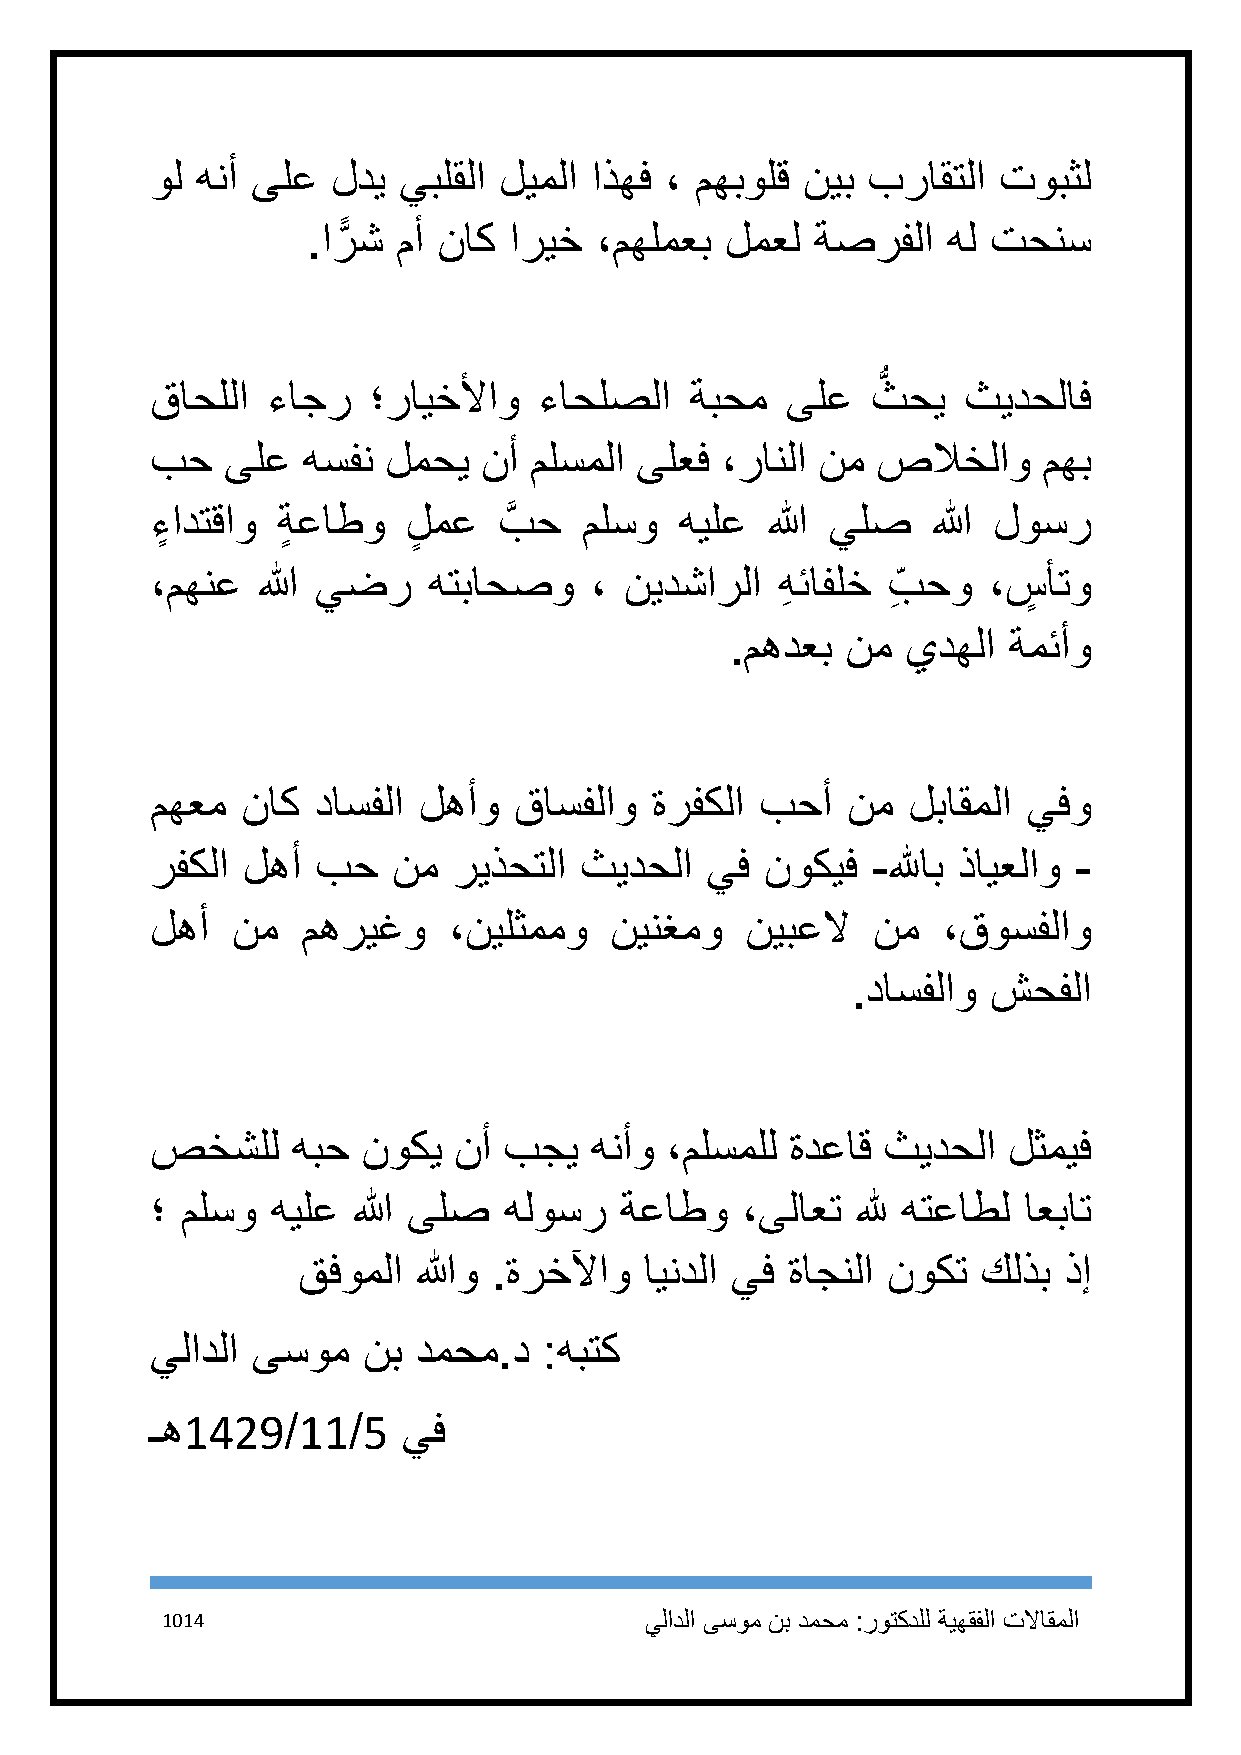
ول هنأ ىلع  لدي يبلقلا ليملا اذهف ، مهبولق نيب براقتلا  توبثل
 .ارًّ ش مأ ناك اريخ ،مهلمعب لمعل  ةصرفلا   هل تحنس
 ُّ
 قاحللا  ءاجر  ؛رايخلأاو   ءاحلصلا   ةبحم  ىلع   ثحي   ثيدحلاف
 بح   ىلع  هسفن  لمحي  نأ ملسملا ىلعف  ،رانلا نم صلاخلاو    مهب
 ءٍ ادتقاو ةٍ عاطو لٍ مع بَّ ح ملسو هيلع  الله يلص   الله لوسر
 ،مهنع  الله يضر   هتباحصو    ، نيدشارلا   هِ ئافلخ بِ حو ،سٍ أتو
 .مهدعب  نم  يدهلا  ةمئأو
 مهعم  ناك  داسفلا لهأو  قاسفلاو  ةرفكلا بحأ   نم  لباقملا يفو
 رفكلا لهأ  بح   نم  ريذحتلا ثيدحلا   يف  نوكيف  -للهاب ذايعلاو -
 لهأ  نم   مهريغو    ،نيلثممو  نينغمو   نيبعلا   نم  ،قوسفلاو
 .داسفلاو  شحفلا
 صخشلل    هبح  نوكي  نأ بجي   هنأو ،ملسملل ةدعاق ثيدحلا   لثميف
 ؛ ملسو  هيلع الله ىلص  هلوسر   ةعاطو   ،ىلاعت  لله هتعاطل اعبات
 قفوملا  اللهو .ةرخلآاو ايندلا يف ةاجنلا نوكت كلذب ذإ
 يلادلا ىسوم   نب دمحم.د   :هبتك
 ـه1429/11/5      يف
 1114                            يلادلا ىسوم نب دمحم :روتكدلل ةيهقفلا تلااقملا